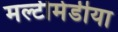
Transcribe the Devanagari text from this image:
मल्टीमेडीया